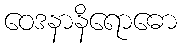
ဝေဒနာနိရောဓော